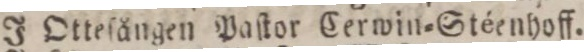
J Otteſången Paſtor Cerwin=Stéenhoff.